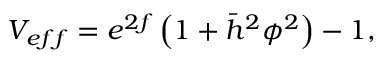
V _ { e f f } = e ^ { 2 f } \left( 1 + \bar { h } ^ { 2 } \phi ^ { 2 } \right) - 1 ,